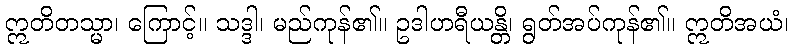
ဣတိတသ္မာ၊ ကြောင့်။ သဒ္ဒါ၊ မည်ကုန်၏။ ဥဒါဟရီယန္တိ၊ ရွတ်အပ်ကုန်၏။ ဣတိအယံ၊